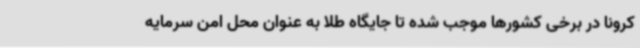
کرونا در برخی کشورها موجب شده تا جایگاه طلا به عنوان محل امن سرمایه